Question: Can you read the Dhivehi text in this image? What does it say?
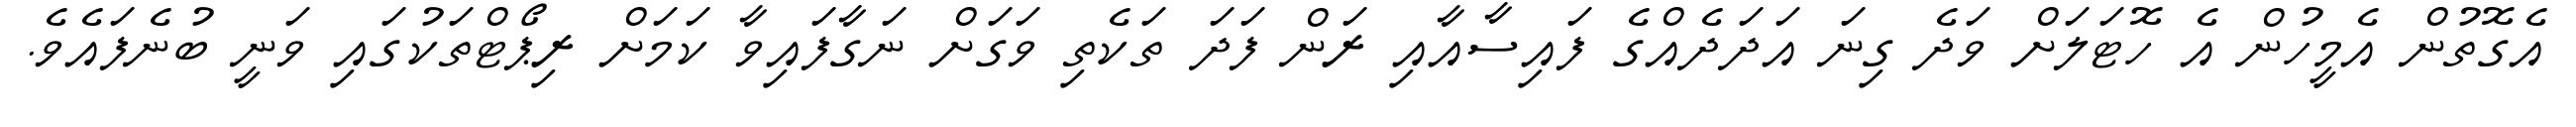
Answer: އެގޮތުން އެމީހުން އެ ހޮޓަލަށް ވަދެ ގިނަ އަދަދެއްގެ ފައިސާއާއި ރަން ފަދަ ތަކެތި ވަގަށް ނަގާފައިވާ ކަމަށް ރިޕޯޓްތަކުގައި ވަނީ ބުނެފައެވެ.